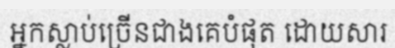
អ្នកស្លាប់ច្រើនជាងគេបំផុត ដោយសារ